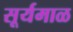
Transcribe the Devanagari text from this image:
सूर्यमाळ